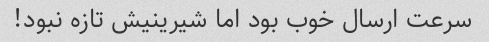
سرعت ارسال خوب بود اما شیرینیش تازه نبود!